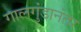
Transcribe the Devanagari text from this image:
गालगुंडानंतर